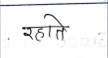
मजकूर: रहाते